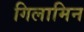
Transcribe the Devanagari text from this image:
गिलामिन